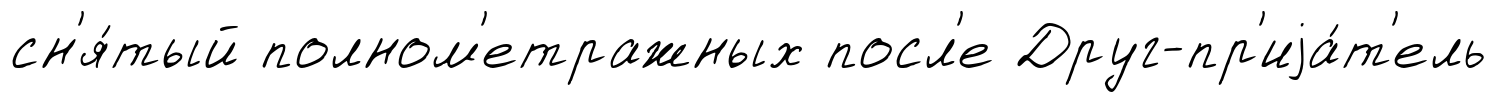
сн'я́тый полном'етражных посл'е Друг-пр'иjа́т'ель